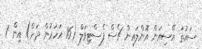
ސައުތު އޭސިއަން އޮންލައިން ޗެސް ފެސްޓިވަލް (16 އަހަރުން ދަށް) އިން 1